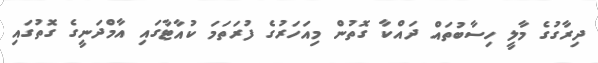
ދިރާގުގެ މާލީ ހިސާބުތައް ދައްކާ ގޮތުން މިއަހަރުގެ ފުރަތަމަ ކުއާޓާގައި އާމްދަނީގެ ގޮތުގައި